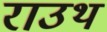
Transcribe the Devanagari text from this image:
राउथ